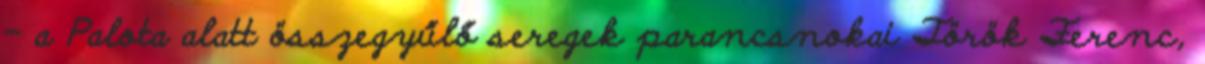
– a Palota alatt összegyűlő seregek parancsnokai Török Ferenc,